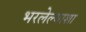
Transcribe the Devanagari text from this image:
भरलेल्याशा